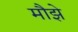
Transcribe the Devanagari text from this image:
मौझे